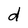
Character: d